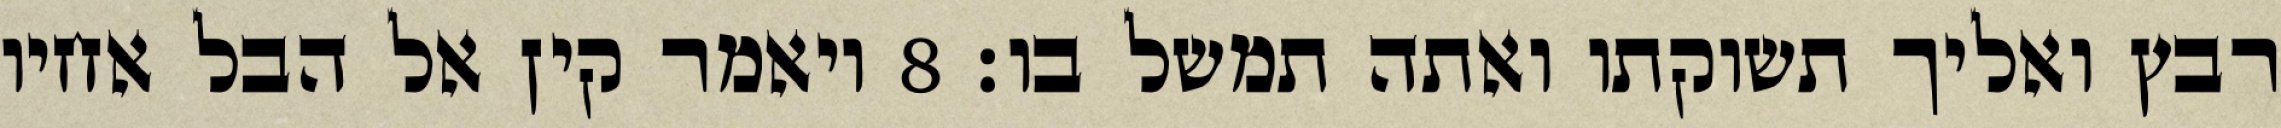
רבץ ואליך תשוקתו ואתה תמשל בו׃ ‎8‏ ויאמר קין אל הבל אחיו